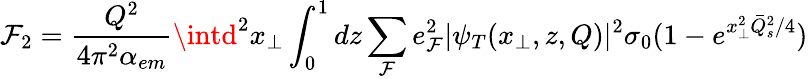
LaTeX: \mathcal{F}_{2}={\frac{{Q^{2}}}{{4\pi^{2}\alpha_{em}}}}\intd^{2}x_{\perp}\int_{0}^{1}dz\sum_{\mathcal{F}}e_{\mathcal{F}}^{2}\vert\psi_{T}(x_{\perp},z,Q)\vert^{2}\sigma_{0}(1-e^{x_{\perp}^{2}{\bar{{Q}}}_{s}^{2}/4})